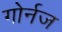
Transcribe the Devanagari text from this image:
गोर्नज